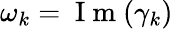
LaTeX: \omega_{k}=\mathrm{~I~m~}(\gamma_{k})